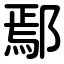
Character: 鄢